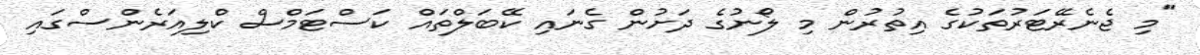
"މި ޖެނެރޭޓަރުތަކުގެ އިތުރުން މި ލޯނުގެ ދަށުން ގެނައި ކޭބަލްތައް ކަސްޓަމްސް ކްލިއަރެންސްގައި